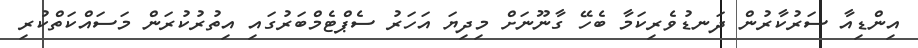
އިންޑިއާ ސަރުކާރުން ދަނޑުވެރިކަމާ ބެހޭ ގާނޫނަށް މިދިޔަ އަހަރު ސެޕްޓެމްބަރުގައި އިތުރުކުރަން މަސައްކަތްކުރި